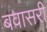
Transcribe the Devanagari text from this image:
बवासरी